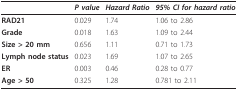
<table><thead><tr><td></td><td><b><i>P value</i></b></td><td><b><i>Hazard Ratio</i></b></td><td><b><i>95% CI for hazard ratio</i></b></td></tr></thead><tbody><tr><td><b>RAD21</b></td><td>0.029</td><td>1.74</td><td>1.06 to 2.86</td></tr><tr><td><b>Grade</b></td><td>0.018</td><td>1.63</td><td>1.09 to 2.44</td></tr><tr><td><b>Size &gt; 20 mm</b></td><td>0.656</td><td>1.11</td><td>0.71 to 1.73</td></tr><tr><td><b>Lymph node status</b></td><td>0.023</td><td>1.69</td><td>1.07 to 2.65</td></tr><tr><td><b>ER</b></td><td>0.003</td><td>0.46</td><td>0.28 to 0.77</td></tr><tr><td><b>Age &gt; 50</b></td><td>0.325</td><td>1.28</td><td>0.781 to 2.11</td></tr></tbody></table>